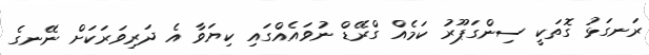
ރަނގަޅު ގޮތަކީ ސިންގަޕޫރު ކަމެއް ގްރޭޑް ނުވައެއްގައި ކިޔަވާ އެ ދަރިވަރަކަށް ނޭނގެ